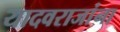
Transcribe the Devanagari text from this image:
यादवराजांना